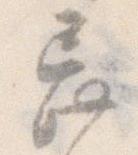
忌